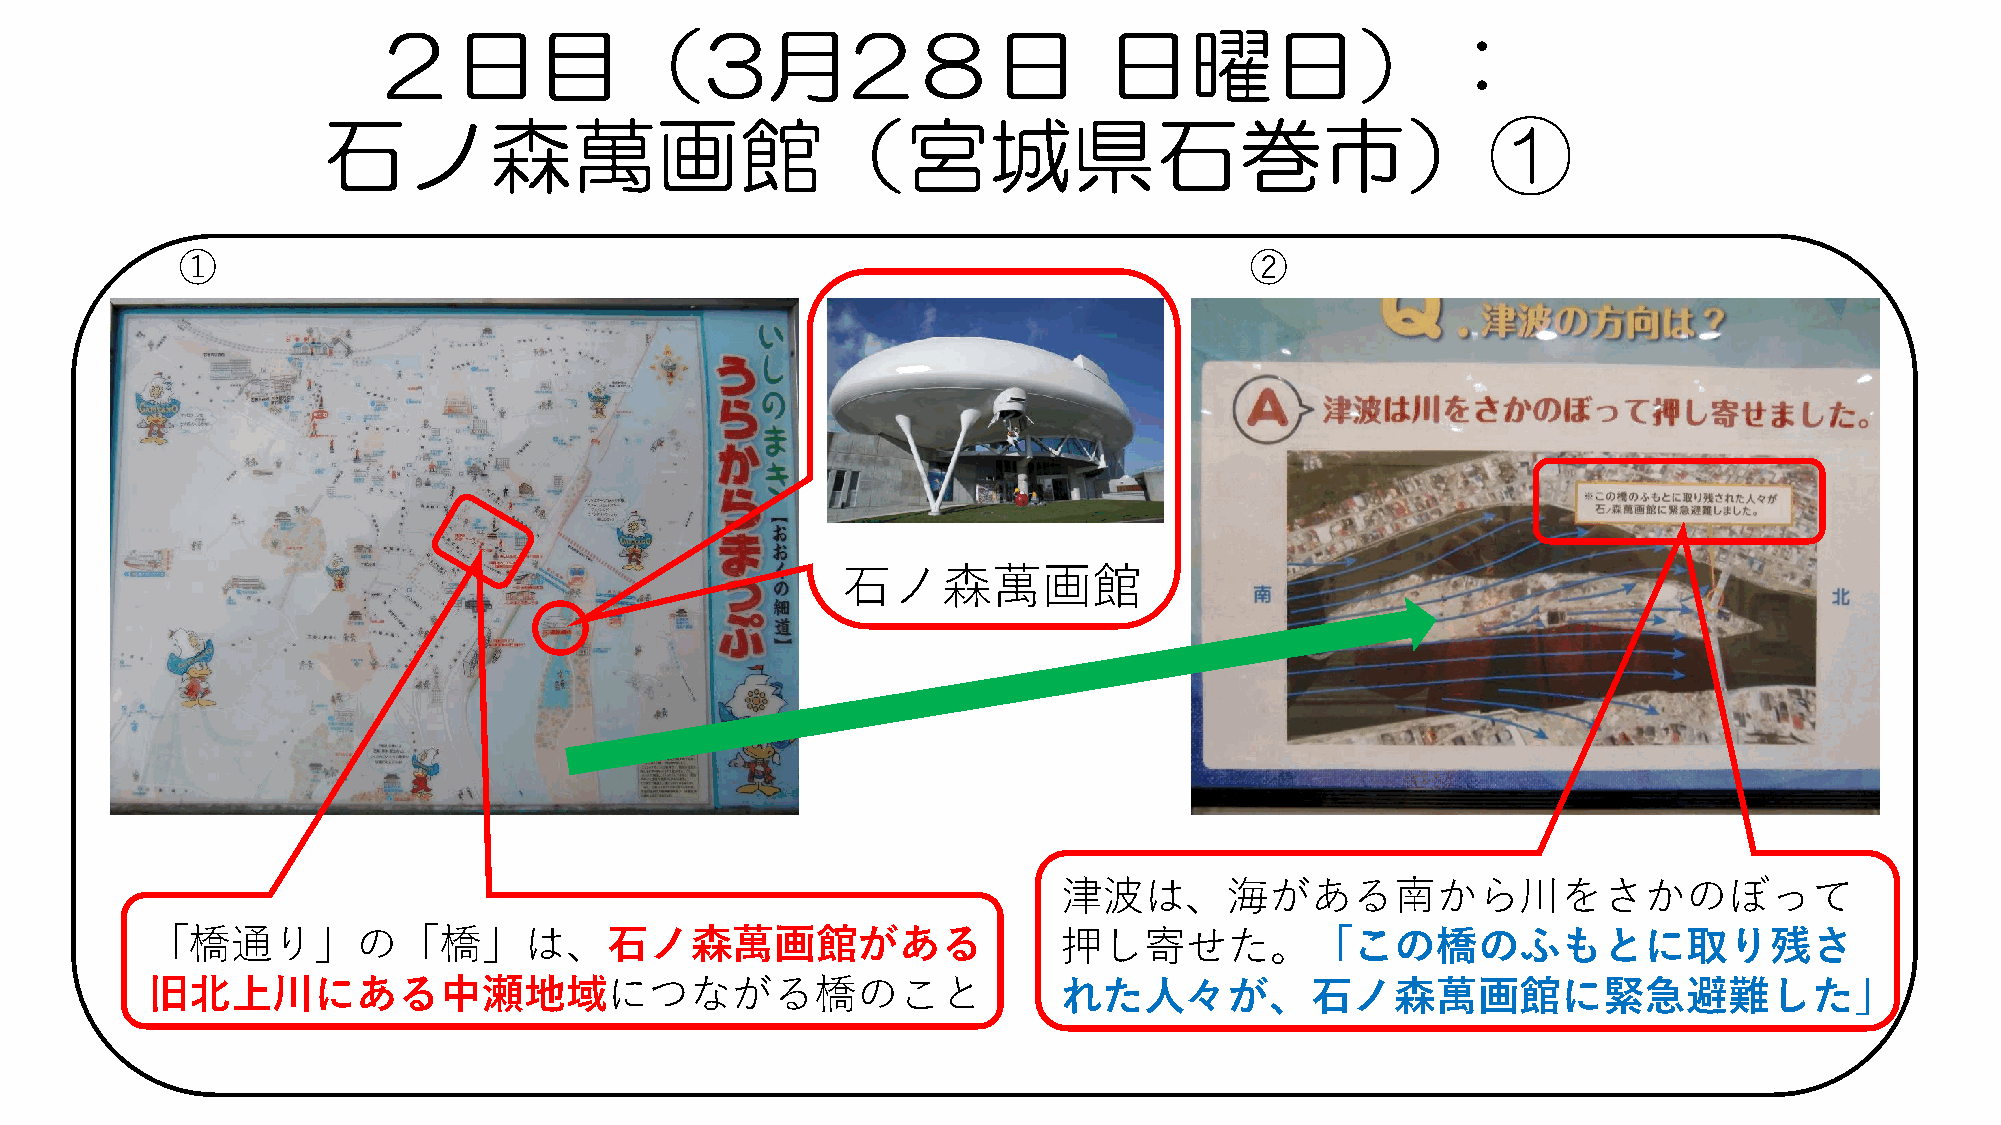
２日目（3月2８日                                       日曜日）：
 石ノ森萬画館（宮城県石巻市）①
 ①                                                                      ②
 石ノ森萬画館
 津波は、海がある南から川をさかのぼって
 「橋通り」の「橋」は、石ノ森萬画館がある                                        押し寄せた。「この橋のふもとに取り残さ
 旧北上川にある中瀬地域につながる橋のこと                                        れた人々が、石ノ森萬画館に緊急避難した」